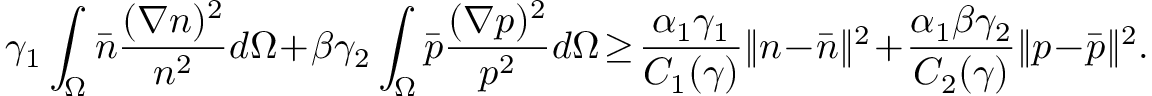
\begin{array} { l } { \! \! \! \! \gamma _ { 1 } \displaystyle \int _ { \Omega } \bar { n } \displaystyle \frac { ( \nabla n ) ^ { 2 } } { n ^ { 2 } } d \Omega \! + \! \beta \gamma _ { 2 } \displaystyle \int _ { \Omega } \bar { p } \displaystyle \frac { ( \nabla p ) ^ { 2 } } { p ^ { 2 } } d \Omega \! \geq \! \displaystyle \frac { \alpha _ { 1 } \gamma _ { 1 } } { C _ { 1 } ( \gamma ) } \| n \! - \! \bar { n } \| ^ { 2 } \! + \! \displaystyle \frac { \alpha _ { 1 } \beta \gamma _ { 2 } } { C _ { 2 } ( \gamma ) } \| p \! - \! \bar { p } \| ^ { 2 } . } \end{array}